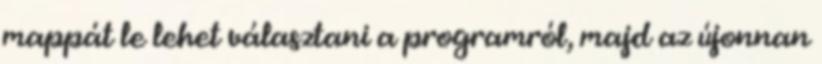
mappát le lehet választani a programról, majd az újonnan